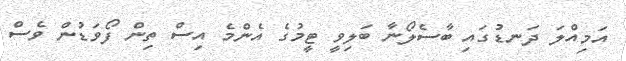
އަމިއްލަ ދަނޑުގައި ބާސެލޯނާ ބަލިވީ ޓީމުގެ އެންމެ އިސް ތިން ފޯވަޑުން ވެސް